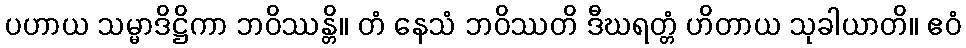
ပဟာယ သမ္မာဒိဋ္ဌိကာ ဘဝိဿန္တိ။ တံ နေသံ ဘဝိဿတိ ဒီဃရတ္တံ ဟိတာယ သုခါယာတိ။ ဧဝံ